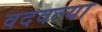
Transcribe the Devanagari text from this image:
वदवल्या